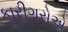
કારીગરોએ